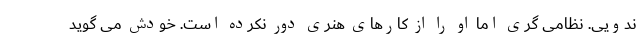
ندویی. نظامی گری اما او را از کارهای هنری دور نکرده است. خودش می گوید